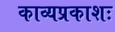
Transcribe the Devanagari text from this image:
काव्यप्रकाशः